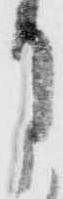
月